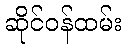
ဆိုင်ဝန်ထမ်း